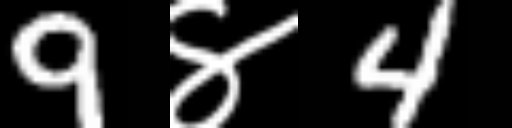
Text: 9४4